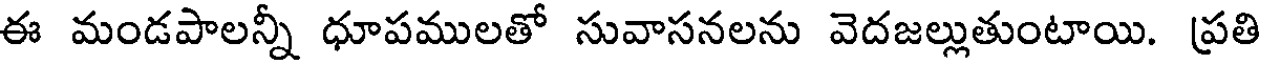
ఈ మండపాలన్నీ ధూపములతో సువాసనలను వెదజల్లుతుంటాయి. ప్రతి